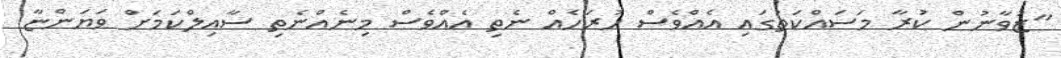
"ޒުވާނުން ކުރާ މަސައްކަތުގައި އެއްވެސް ހުރަހެއް ނެތި އެއްވެސް މިނެއްނެތި ސާއިލްކަމަށް ވަޔަންޏާ